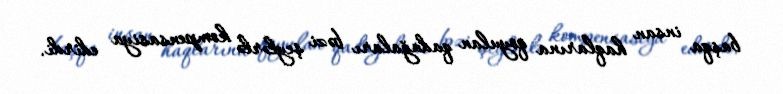
başqa insan haqlarına qoyulan qadağaları bəzi şeylərlə kompensasiya edirdi.